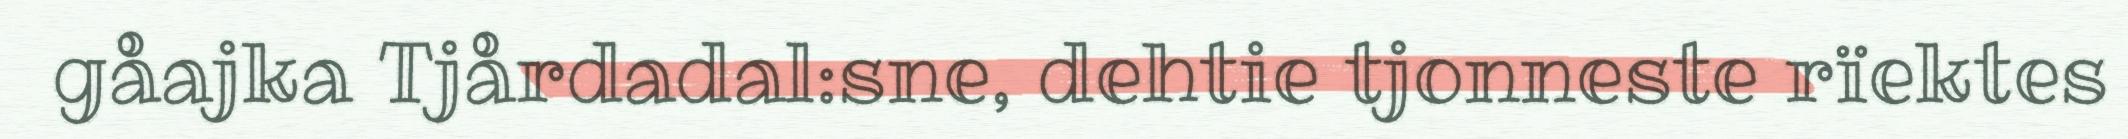
gåajka Tjårdadal:sne, dehtie tjonneste rïektes